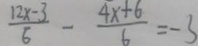
\frac { 1 2 x - 3 } { 6 } - \frac { 4 x + 6 } { 6 } = - 3